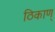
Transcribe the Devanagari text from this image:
ठिकाण्